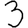
Digit: 3